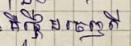
គឺផ្តើមចេញពី